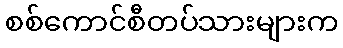
စစ်ကောင်စီတပ်သားများက